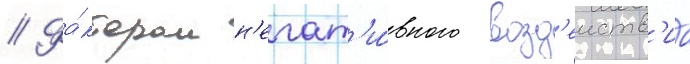
// Фа́ктором н'егат'и́вного возд'еиств'иа